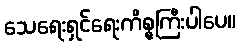
သေရေးရှင်ရေးကိစ္စကြီးပါပေ။